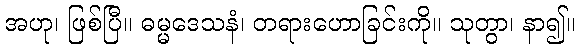
အဟု၊ ဖြစ်ပြီ။ ဓမ္မဒေသနံ၊ တရားဟောခြင်းကို။ သုတွာ၊ နာ၍။